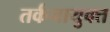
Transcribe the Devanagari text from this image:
तर्कनायुक्त